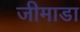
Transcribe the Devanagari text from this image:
जीमाडा